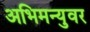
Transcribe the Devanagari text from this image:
अभिमन्युवर